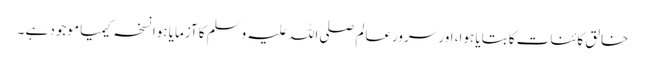
خالق کائنات کا بتایا ہوا، اور سرورعالم صلی اللہ علیہ وسلم کا آزمایا ہوا نسخہ کیمیا موجود ہے ۔